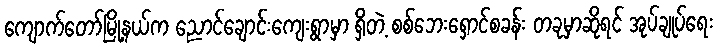
ကျောက်တော်မြို့နယ်က ညောင်ချောင်းကျေးရွာမှာ ရှိတဲ့ စစ်ဘေးရှောင်စခန်း တခုမှာဆိုရင် အုပ်ချုပ်ရေး